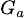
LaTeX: \scriptstyle{G_{a}}